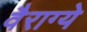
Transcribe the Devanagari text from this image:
वैराग्ये